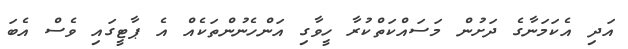
އަދި އެކަމަނާގެ ދަށުން މަސައްކަތްކުރާ ހީވާގި އަންހެނުންތަކެއް އެ ޕާޓީގައި ވެސް އެބަ